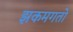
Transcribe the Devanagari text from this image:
झकमगतो